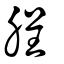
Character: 脭